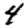
Digit: 4